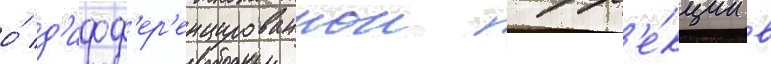
о́ д'ифф'ер'енцированнои корр'е́кции в